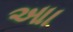
આા